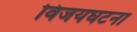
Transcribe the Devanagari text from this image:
विजयघटना